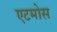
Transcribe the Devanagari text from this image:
एटमोस